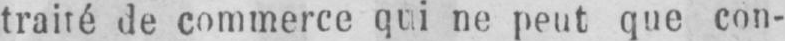
traité de commerce qui ne peut que con-